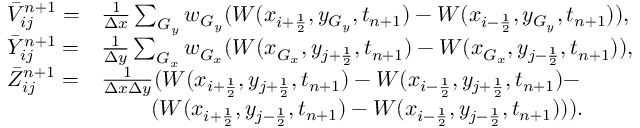
\begin{array} { l l l l } { \Bar V _ { i j } ^ { n + 1 } = } & { \frac { 1 } { \Delta x } \sum _ { G _ { y } } w _ { G _ { y } } ( W ( x _ { i + \frac { 1 } { 2 } } , y _ { G _ { y } } , t _ { n + 1 } ) - W ( x _ { i - \frac { 1 } { 2 } } , y _ { G _ { y } } , t _ { n + 1 } ) ) , } \\ { \Bar Y _ { i j } ^ { n + 1 } = } & { \frac { 1 } { \Delta y } \sum _ { G _ { x } } w _ { G _ { x } } ( W ( x _ { G _ { x } } , y _ { j + \frac { 1 } { 2 } } , t _ { n + 1 } ) - W ( x _ { G _ { x } } , y _ { j - \frac { 1 } { 2 } } , t _ { n + 1 } ) ) , } \\ { \Bar Z _ { i j } ^ { n + 1 } = } & { \frac { 1 } { \Delta x \Delta y } ( W ( x _ { i + \frac { 1 } { 2 } } , y _ { j + \frac { 1 } { 2 } } , t _ { n + 1 } ) - W ( x _ { i - \frac { 1 } { 2 } } , y _ { j + \frac { 1 } { 2 } } , t _ { n + 1 } ) - } \\ & { \qquad \; ( W ( x _ { i + \frac { 1 } { 2 } } , y _ { j - \frac { 1 } { 2 } } , t _ { n + 1 } ) - W ( x _ { i - \frac { 1 } { 2 } } , y _ { j - \frac { 1 } { 2 } } , t _ { n + 1 } ) ) ) . } \end{array}